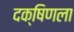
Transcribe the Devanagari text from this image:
दक्षिणला